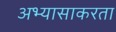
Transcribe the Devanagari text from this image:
अभ्यासाकरता